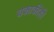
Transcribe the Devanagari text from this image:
चकाकीही